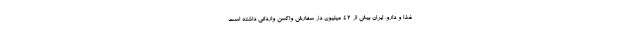
غذا و دارو، ایران بیش از ۴۲ میلیون دُز سفارش واکسن وارداتی داشته است